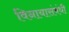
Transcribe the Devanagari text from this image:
विनायासंबंधी